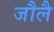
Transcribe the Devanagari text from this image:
जौलै